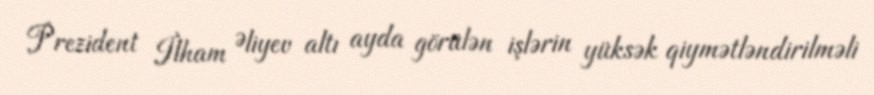
Prezident İlham Əliyev altı ayda görülən işlərin yüksək qiymətləndirilməli